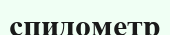
спидометр